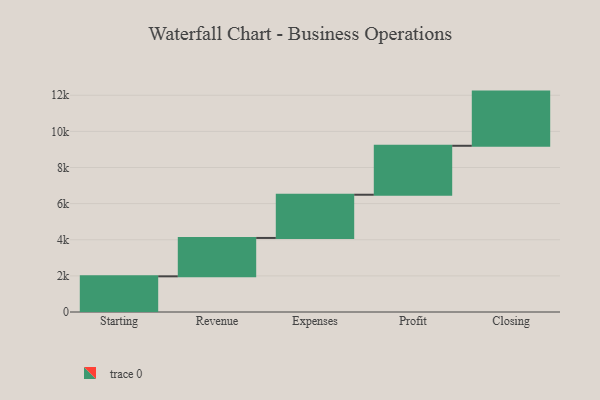
{"axis": {"x": "Step", "y": "Value"}, "legend": [""], "data": [{"x": "Starting", "y": 1975.0, "type": ""}, {"x": "Revenue", "y": 2125.0, "type": ""}, {"x": "Expenses", "y": 2393.0, "type": ""}, {"x": "Profit", "y": 2710.0, "type": ""}, {"x": "Closing", "y": 3000, "type": ""}]}